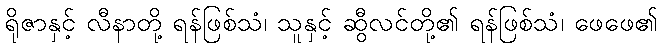
ရိုဇာနှင့် လီနာတို့ ရန်ဖြစ်သံ၊ သူနှင့် ဆွီလင်တို့၏ ရန်ဖြစ်သံ၊ ဖေဖေ၏